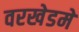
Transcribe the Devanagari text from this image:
वरखेडमें